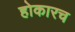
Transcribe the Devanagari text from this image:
होकारच